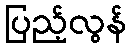
ပြည့်လွန်